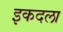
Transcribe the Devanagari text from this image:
इकदला